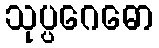
သုပ္ပဂေဓော